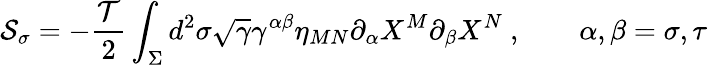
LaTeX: {\cal S}_{\sigma}=-\frac{{\cal T}}{2}\int_{\Sigma}d^{2}\sigma\sqrt{\gamma}\gamma^{\alpha\beta}\eta_{MN}\partial_{\alpha}X^{M}\partial_{\beta}X^{N}~,\qquad\alpha,\beta=\sigma,\tau